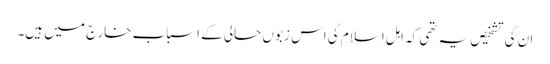
ان کی تشخیص یہ تھی کہ اہلِ اسلام کی اس زبوں حالی کے اسباب خارج میں ہیں۔